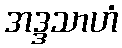
အဒ္ဒသာဟံ